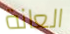
العانة